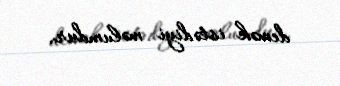
demək istədiyi məlumdur.